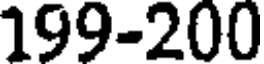
199-200